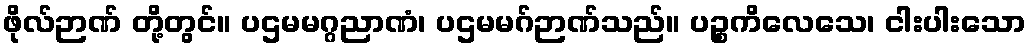
ဖိုလ်ဉာဏ် တို့တွင်။ ပဌမမဂ္ဂညာဏံ၊ ပဌမမဂ်ဉာဏ်သည်။ ပဉ္စကိလေသေ၊ ငါးပါးသော